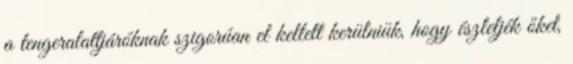
a tengeralattjáróknak szigorúan el kellett kerülniük, hogy észleljék őket,